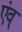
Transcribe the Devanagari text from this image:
एंव्